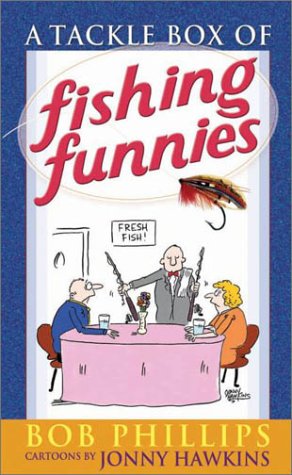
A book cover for A Tackle Box of Fishing Funnies; Bob Phillips; Humor & Entertainment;